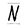
Character: N